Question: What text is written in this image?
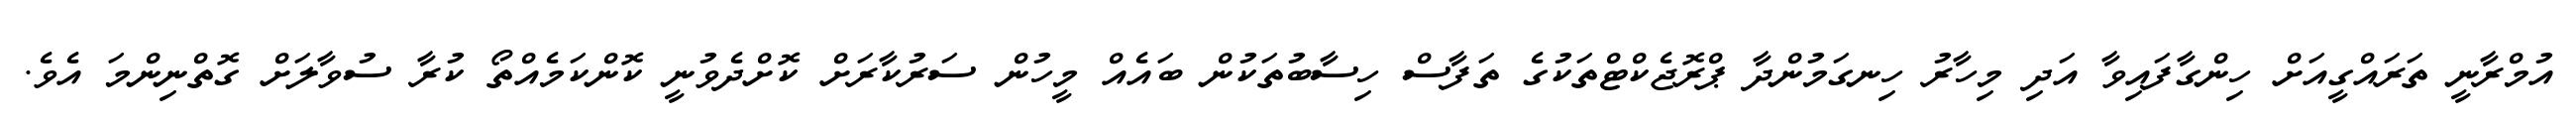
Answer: އުމްރާނީ ތަރައްގީއަށް ހިންގާފައިވާ އަދި މިހާރު ހިނގަމުންދާ ޕްރޮޖެކްޓްތަކުގެ ތަފާސް ހިސާބުތަކުން ބައެއް މީހުން ސަރުކާރަށް ކޮށްދެވުނީ ކޮންކަމެއްތޯ ކުރާ ސުވާލަށް ގޮތްނިންމަ އެވެ.